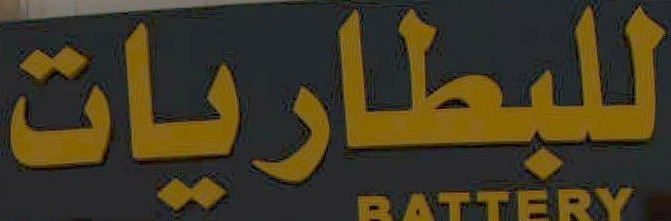
للبطاريات